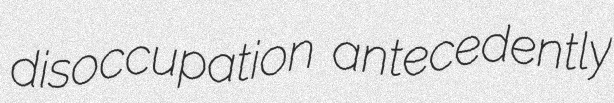
disoccupation antecedently